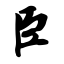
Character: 臣